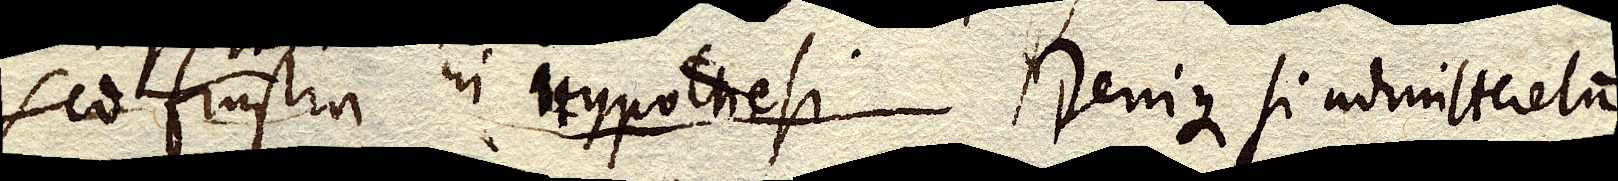
Sed frustra in Hypothesi Denique si admitteretur